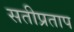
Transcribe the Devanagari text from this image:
सतीप्रताप